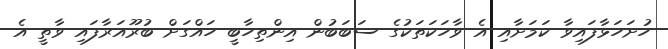
ހުށަހަޅާފައިވާ ކަމަށާއި އެ ވާހަކަތަކުގެ ސަބަބުން އިންތިހާބީ ހައްގަށް ބުރޫއަރާފައި ވާތީ އެ